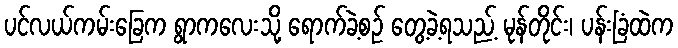
ပင်လယ်ကမ်းခြေက ရွာကလေးသို့ ရောက်ခဲ့စဉ် တွေ့ခဲ့ရသည့် မုန်တိုင်း၊ ပန်းခြံထဲက